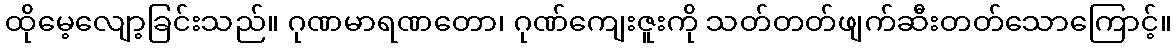
ထိုမေ့လျော့ခြင်းသည်။ ဂုဏမာရဏတော၊ ဂုဏ်ကျေးဇူးကို သတ်တတ်ဖျက်ဆီးတတ်သောကြောင့်။